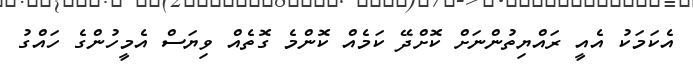
އެކަމަކު އެއީ ރައްޔިތުންނަށް ކޮށްދޭ ކަމެއް ކޮންމެ ގޮތެއް ވިޔަސް އެމީހުންގެ ހައްގު